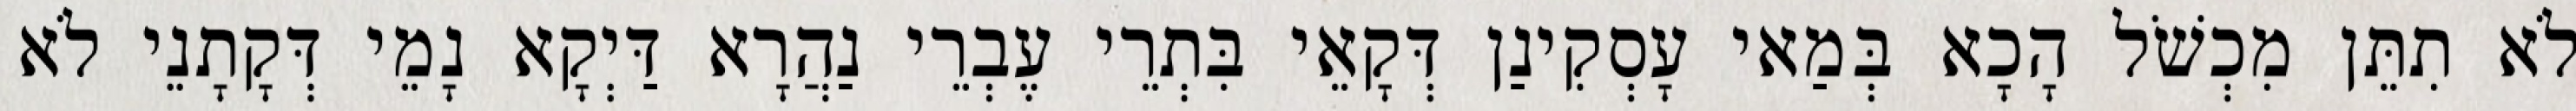
לֹא תִתֵּן מִכְשֹׁל הָכָא בְּמַאי עָסְקִינַן דְּקָאֵי בִּתְרֵי עֶבְרֵי נַהֲרָא דַּיְקָא נָמֵי דְּקָתָנֵי לֹא